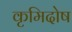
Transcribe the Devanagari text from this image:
कृमिदोष